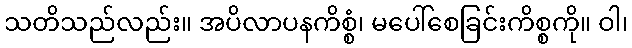
သတိသည်လည်း။ အပိလာပနကိစ္စံ၊ မပေါ်စေခြင်းကိစ္စကို။ ဝါ၊